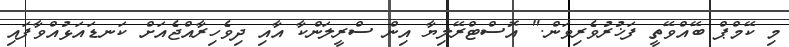
މި ކޭމްޕް ބޭއްވޭތީ ފަޚުރުވެރިވަން." އޮސްޓްރޭލިޔާ އިން ސްރީލަންކާ އާއި ދިވެހިރާއްޖެއަށް ކަނޑައަޅުއްވާފައި